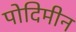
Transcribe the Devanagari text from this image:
पोदिमीन